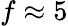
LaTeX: f\approx 5